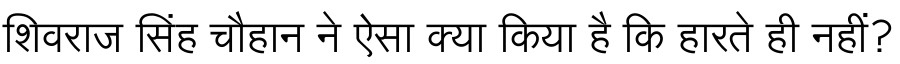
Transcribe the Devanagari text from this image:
शिवराज सिंह चौहान ने ऐसा क्या किया है कि हारते ही नहीं?